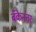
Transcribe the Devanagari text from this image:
बँकेनंतर